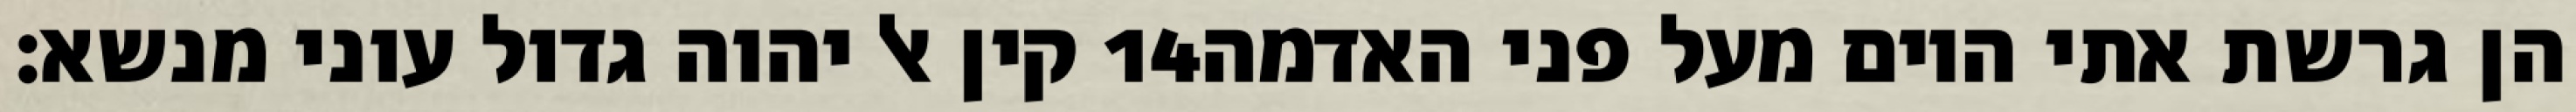
קין אל יהוה גדול עוני מנשא׃ ‎14‏ הן גרשת אתי היום מעל פני האדמה